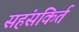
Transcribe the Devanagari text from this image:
सहंसकिर्त